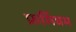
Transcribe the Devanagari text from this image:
फ्रमिंघम